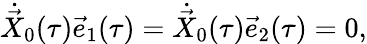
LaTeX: \dot{\vec{X}}_{0}(\tau)\vec{e}_{1}(\tau)=\dot{\vec{X}}_{0}(\tau)\vec{e}_{2}(\tau)=0,